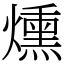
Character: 燻